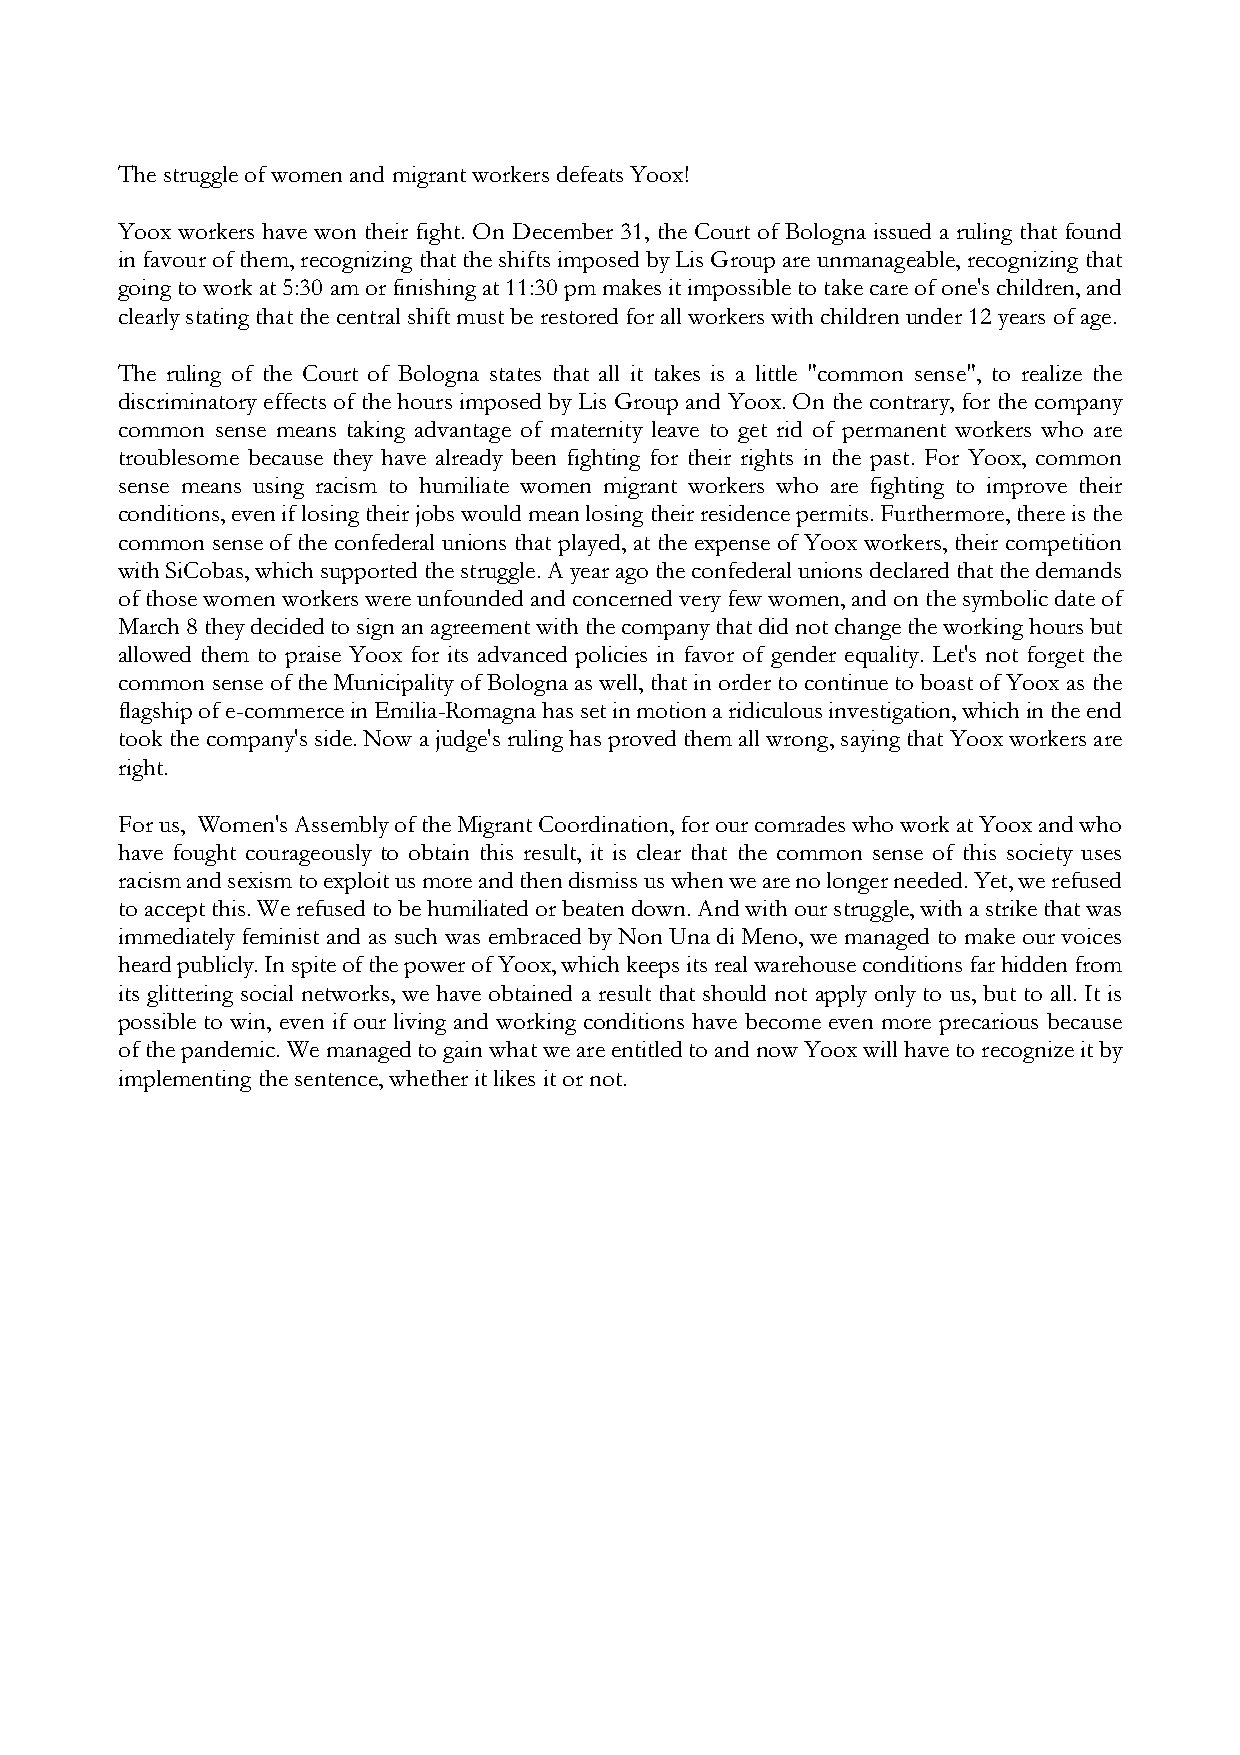
The struggle of women and migrant workers defeats Yoox!
 Yoox workers have won their fight. On December 31, the Court of Bologna issued a ruling that found
 in favour of them, recognizing that the shifts imposed by Lis Group are unmanageable, recognizing that
 going to work at 5:30 am or finishing at 11:30 pm makes it impossible to take care of one's children, and
 clearly stating that the central shift must be restored for all workers with children under 12 years of age.
 The ruling of the Court of Bologna states that all it takes is a little "common sense", to realize the
 discriminatory effects of the hours imposed by Lis Group and Yoox. On the contrary, for the company
 common sense means taking advantage of maternity leave to get rid of permanent workers who are
 troublesome because they have already been fighting for their rights in the past. For Yoox, common
 sense means using racism to humiliate women migrant workers who are fighting to improve their
 conditions, even if losing their jobs would mean losing their residence permits. Furthermore, there is the
 common sense of the confederal unions that played, at the expense of Yoox workers, their competition
 with SiCobas, which supported the struggle. A year ago the confederal unions declared that the demands
 of those women workers were unfounded and concerned very few women, and on the symbolic date of
 March 8 they decided to sign an agreement with the company that did not change the working hours but
 allowed them to praise Yoox for its advanced policies in favor of gender equality. Let's not forget the
 common sense of the Municipality of Bologna as well, that in order to continue to boast of Yoox as the
 flagship of e-commerce in Emilia-Romagna has set in motion a ridiculous investigation, which in the end
 took the company's side. Now a judge's ruling has proved them all wrong, saying that Yoox workers are
 right.
 For us, Women's Assembly of the Migrant Coordination, for our comrades who work at Yoox and who
 have fought courageously to obtain this result, it is clear that the common sense of this society uses
 racism and sexism to exploit us more and then dismiss us when we are no longer needed. Yet, we refused
 to accept this. We refused to be humiliated or beaten down. And with our struggle, with a strike that was
 immediately feminist and as such was embraced by Non Una di Meno, we managed to make our voices
 heard publicly. In spite of the power of Yoox, which keeps its real warehouse conditions far hidden from
 its glittering social networks, we have obtained a result that should not apply only to us, but to all. It is
 possible to win, even if our living and working conditions have become even more precarious because
 of the pandemic. We managed to gain what we are entitled to and now Yoox will have to recognize it by
 implementing the sentence, whether it likes it or not.